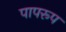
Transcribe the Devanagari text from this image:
पापरूप